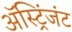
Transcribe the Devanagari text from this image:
अॅस्ट्रिंजंट